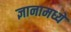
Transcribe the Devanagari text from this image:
ज्ञानामध्ये